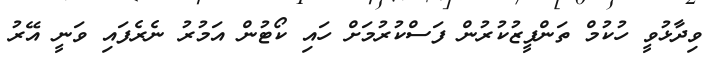
ވިދާޅުވީ ހުކުމް ތަންފީޒުކުރުން ފަސްކުރުމަށް ހައި ކޯޓުން އަމުރު ނެރެފައި ވަނީ އޭރު